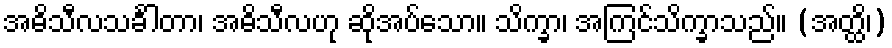
အဓိသီလသင်္ခါတာ၊ အဓိသီလဟု ဆိုအပ်သော။ သိက္ခာ၊ အကြင်သိက္ခာသည်။ (အတ္ထိ၊)